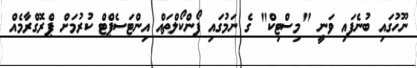
ނޫހުގައި ބުނެފައި ވަނީ "މިސްޓިކް" ގެ ނަމުގައި ފޯންކޯލްތައް އިންޓަސެޕްޓް ކުރުމަށް ޕްރޮގްރާމެއް